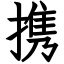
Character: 携